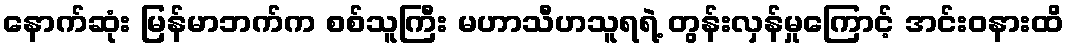
နောက်ဆုံး မြန်မာဘက်က စစ်သူကြီး မဟာသီဟသူရရဲ့ တွန်းလှန်မှုကြောင့် အင်းဝနားထိ